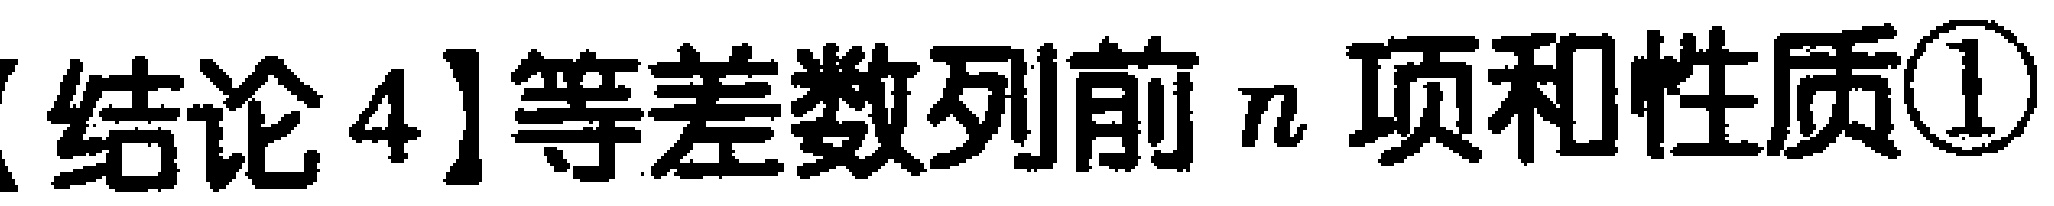
【结论4】等差数列前\(n\)项和性质\textcircled{1}